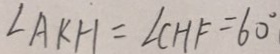
\angle A K H = \angle C H F = 6 0 ^ { \circ }